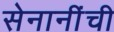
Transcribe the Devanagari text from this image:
सेनानींची